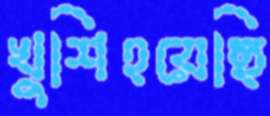
খুশিহয়েছি